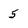
Character: 5